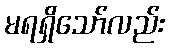
မရရှိသော်လည်း